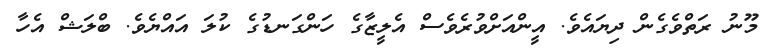
މޫނު ރަތްވެގެން ދިޔައެވެ. އީންއަށްވުރެވެސް އެލީޒާގެ ހަންގަނޑުގެ ކުލަ އައްޔެވެ. ބްލަޝް އެހާ